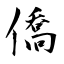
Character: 僑